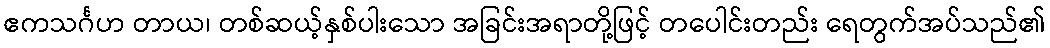
ဧကသင်္ဂဟ တာယ၊ တစ်ဆယ့်နှစ်ပါးသော အခြင်းအရာတို့ဖြင့် တပေါင်းတည်း ရေတွက်အပ်သည်၏